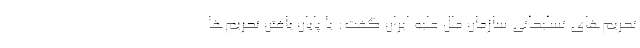
تحریم‌های تسلیحاتی سازمان ملل علیه ایران گفت: با پایان یافتن تحریم‌ها